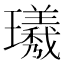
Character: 𪼯